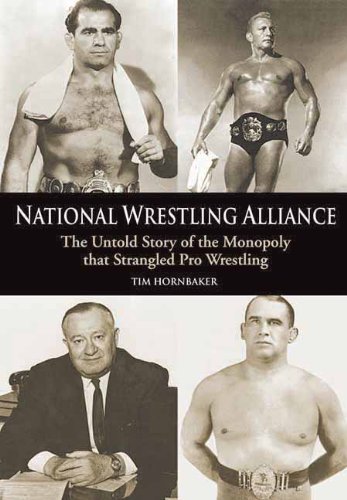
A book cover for National Wrestling Alliance: The Untold Story of the Monopoly That Strangled Pro Wrestling; Tim Hornbaker; Sports & Outdoors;